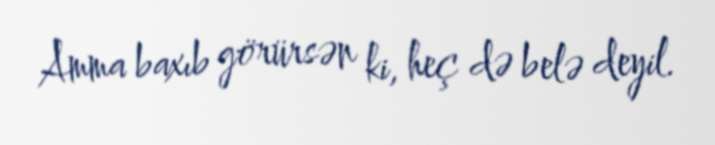
Amma baxıb görürsən ki, heç də belə deyil.